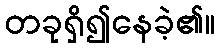
တခုရှိ၍နေခဲ့၏။